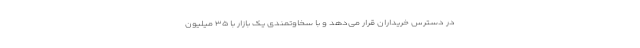
در دسترس خریداران قرار می‌دهد و با سخاوتمندی یک بازار با ۳۵ میلیون